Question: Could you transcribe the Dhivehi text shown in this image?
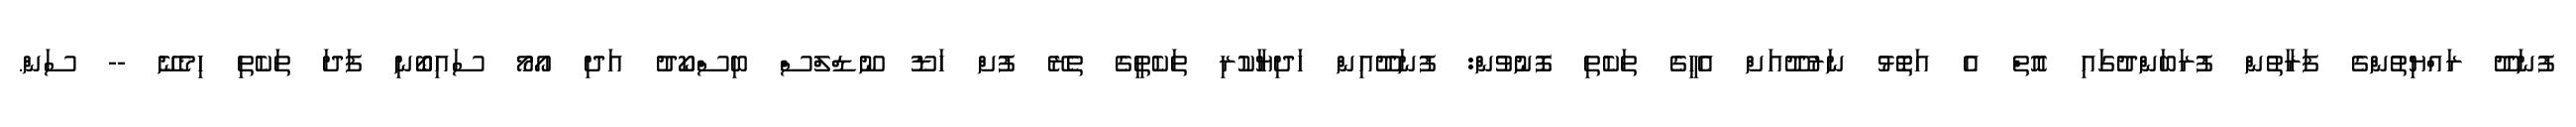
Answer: ފުނަދޫ ރައްޔިތުންގެ ފަރާތުން ފުރަބަންދުގައި އޮތް އެ އަތޮޅު ނަރުދޫއަށް އެހީގެ ތަކެތި ފޮނުވުން: ފުނަދޫއިން ހަދިޔާކުރި ތަކެތީގެ ތެރޭ ފުށް ހަޑޫ ނޫޑްލްސް ބިސްކޯދު އަދި އޯމޯ ސައިބޯނި ފަދަ ތަކެތި ހިމެނޭ -- ސަން.